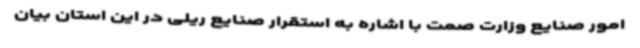
امور صنایع وزارت صمت با اشاره به استقرار صنایع ریلی در این استان بیان